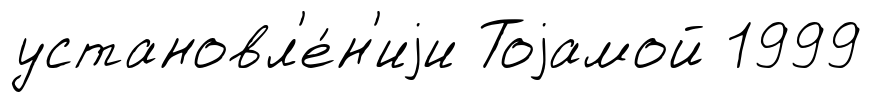
установл'е́н'иjи Тоjамой 1999